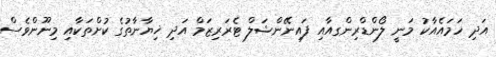
އަދި ހަމައެއާކު މަނީ ލޯންޑްރިންގއާއި ފައިނޭންޝަލް ޓެރަރިޒަމް އަދި ޚިޔާނާތުގެ ކުށްތަކާއި މިނޫންވެސް